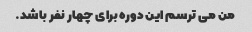
من می ترسم این دوره برای چهار نفر باشد.